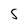
Character: S